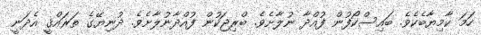
ހަމަ ކާމިޔާބެކެވެ. ބައިސްކޯފުން ފުއްދާ ނުލާށެވެ. ބްރިޖަކުން ފުއްދާނުލާށެވެ. ދުނިޔޭގެ ތަރައްޤީ އެދަނީ